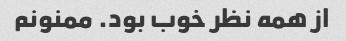
از همه نظر خوب بود. ممنونم